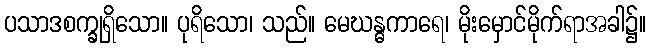
ပသာဒစက္ခုရှိသော။ ပုရိသော၊ သည်။ မေဃန္ဓကာရေ၊ မိုးမှောင်မိုက်ရာအခါ၌။